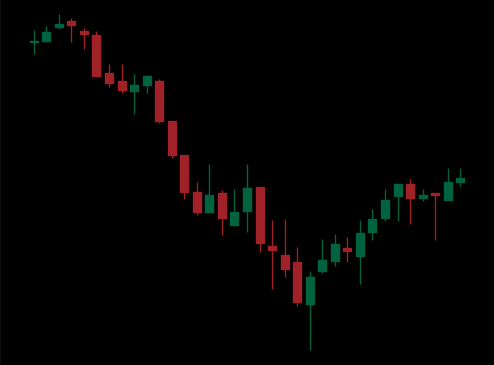
Pattern: bull_flag